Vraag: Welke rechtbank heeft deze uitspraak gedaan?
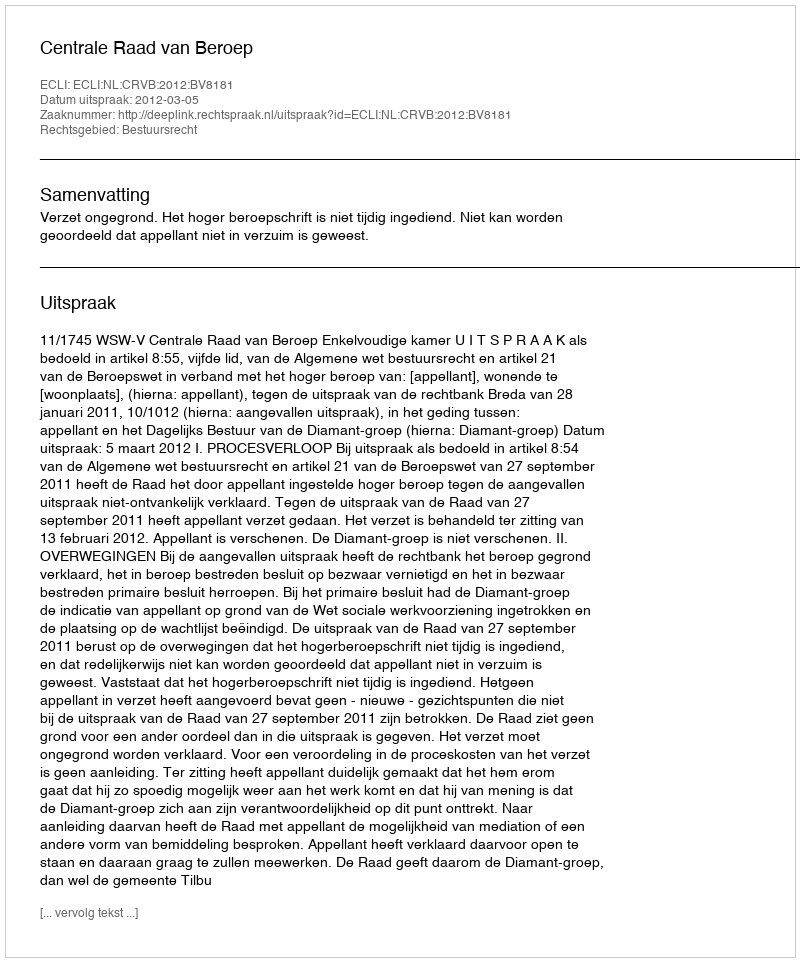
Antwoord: Centrale Raad van Beroep